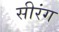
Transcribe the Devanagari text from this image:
सीरंग